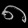
Digit: ၈